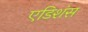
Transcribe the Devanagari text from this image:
एडिशंस